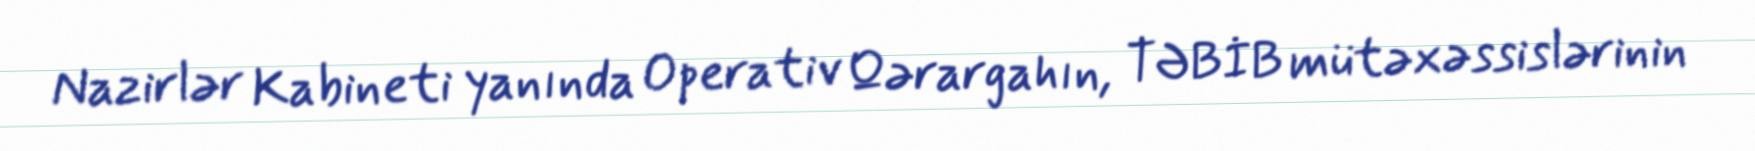
Nazirlər Kabineti yanında Operativ Qərargahın, TƏBİB mütəxəssislərinin